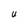
Character: U